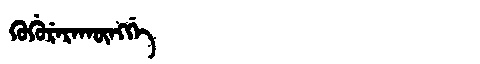
Manchu: ᡤᡠᡤᡠᡵᡝᡵᠠᡴᡡᠩᡤᡝ
Romanization: GUGURERAKŪNGGE